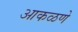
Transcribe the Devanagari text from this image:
आकळणे